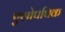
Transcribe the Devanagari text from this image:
एलोपथिक